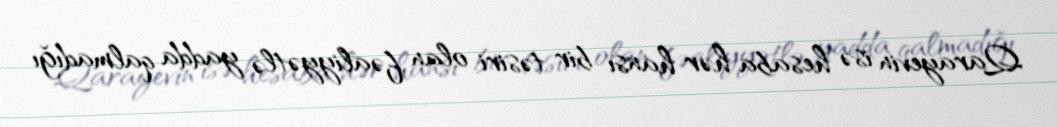
Qarayevin isə hesaba hər hansı bir təsiri olan fəaliyyətlə yadda qalmadığı